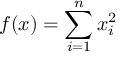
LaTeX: f ( { \boldsymbol { x } } ) = \sum _ { i = 1 } ^ { n } x _ { i } ^ { 2 }